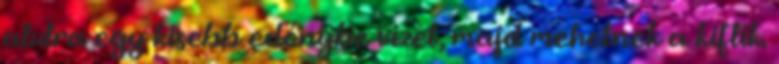
alulra egy kisebb edénybe vizet, majd mehetnek a kiflik.